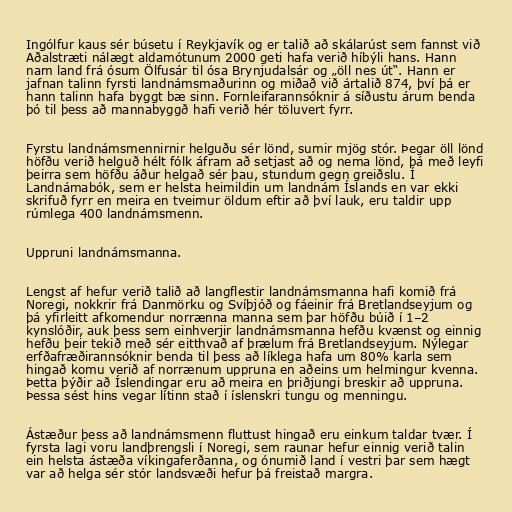
Ingólfur kaus sér búsetu í Reykjavík og er talið að skálarúst sem fannst við
Aðalstræti nálægt aldamótunum 2000 geti hafa verið híbýli hans. Hann
nam land frá ósum Ölfusár til ósa Brynjudalsár og „öll nes út“. Hann er
jafnan talinn fyrsti landnámsmaðurinn og miðað við ártalið 874, því þá er
hann talinn hafa byggt bæ sinn. Fornleifarannsóknir á síðustu árum benda
þó til þess að mannabyggð hafi verið hér töluvert fyrr.

Fyrstu landnámsmennirnir helguðu sér lönd, sumir mjög stór. Þegar öll lönd
höfðu verið helguð hélt fólk áfram að setjast að og nema lönd, þá með leyfi
þeirra sem höfðu áður helgað sér þau, stundum gegn greiðslu. Í
Landnámabók, sem er helsta heimildin um landnám Íslands en var ekki
skrifuð fyrr en meira en tveimur öldum eftir að því lauk, eru taldir upp
rúmlega 400 landnámsmenn.

Uppruni landnámsmanna.

Lengst af hefur verið talið að langflestir landnámsmanna hafi komið frá
Noregi, nokkrir frá Danmörku og Svíþjóð og fáeinir frá Bretlandseyjum og
þá yfirleitt afkomendur norrænna manna sem þar höfðu búið í 1–2
kynslóðir, auk þess sem einhverjir landnámsmanna hefðu kvænst og einnig
hefðu þeir tekið með sér eitthvað af þrælum frá Bretlandseyjum. Nýlegar
erfðafræðirannsóknir benda til þess að líklega hafa um 80% karla sem
hingað komu verið af norrænum uppruna en aðeins um helmingur kvenna.
Þetta þýðir að Íslendingar eru að meira en þriðjungi breskir að uppruna.
Þessa sést hins vegar lítinn stað í íslenskri tungu og menningu.

Ástæður þess að landnámsmenn fluttust hingað eru einkum taldar tvær. Í
fyrsta lagi voru landþrengsli í Noregi, sem raunar hefur einnig verið talin
ein helsta ástæða víkingaferðanna, og ónumið land í vestri þar sem hægt
var að helga sér stór landsvæði hefur þá freistað margra.